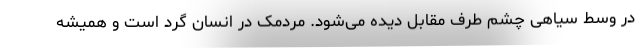
در وسط سیاهی چشم طرف مقابل دیده می‌شود. مردمک در انسان گرد است و همیشه